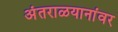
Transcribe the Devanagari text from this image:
अंतराळयानांवर